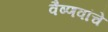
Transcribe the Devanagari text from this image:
वैष्णवांचे